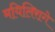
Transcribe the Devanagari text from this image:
मयिलिरागे